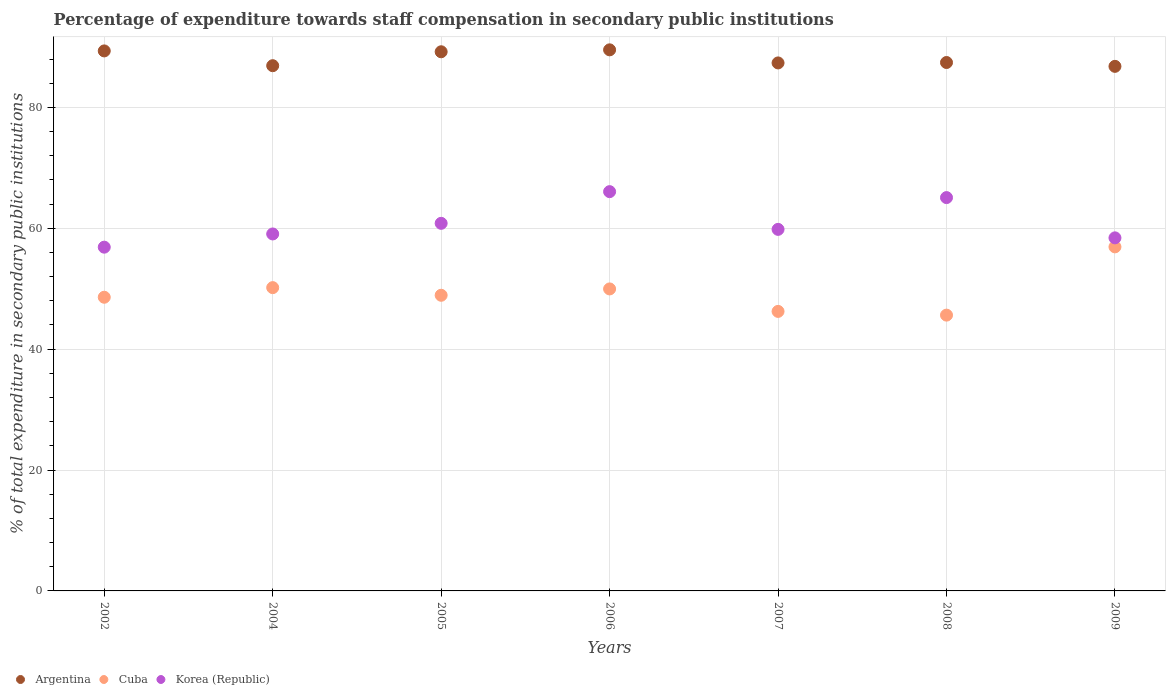
| Years | Argentina | Cuba | Korea (Republic) |
 | --- | --- | --- | --- |
 | 2002 | 89.3 | 48.6 | 56.9 |
 | 2004 | 86.9 | 50.2 | 59.1 |
 | 2005 | 89.2 | 48.9 | 60.8 |
 | 2006 | 89.5 | 50 | 66.1 |
 | 2007 | 87.4 | 46.2 | 59.8 |
 | 2008 | 87.4 | 45.6 | 65.1 |
 | 2009 | 86.8 | 56.9 | 58.4 |